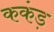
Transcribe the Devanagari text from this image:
ककंड़